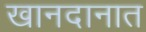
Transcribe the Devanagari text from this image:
खानदानात